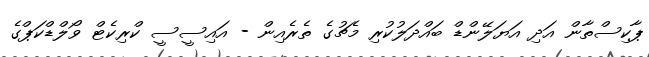
ޕާކިސްތާން އަދި އަޔަލޭންޑް ބައްދަލުކުރި މެޗުގެ ތެރެއިން - އައިސީސީ ކްރިކެޓް ވޯލްޑްކަޕްގެ